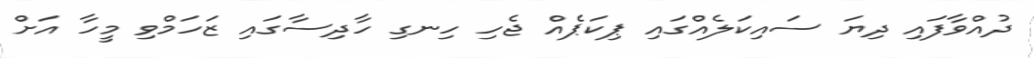
ދުއްވާފައި ދިޔަ ސައިކަލެއްގައި ޕިކަޕެއް ޖެހި ހިނގި ހާދިސާގައި ޒަހަމްވި މީހާ އަށް